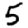
Digit: 5